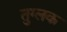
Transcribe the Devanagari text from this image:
तुग्लक